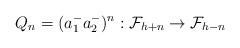
LaTeX: \begin{align*}Q_n=(a^-_1 a^-_2)^n:{\cal F}_{h+n}\rightarrow {\cal F}_{h-n}\end{align*}